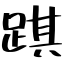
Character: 踑